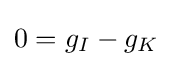
0=g_{I}-g_{K}